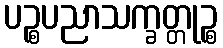
ပဉ္စပညာသက္ခတ္တုဉ္စ